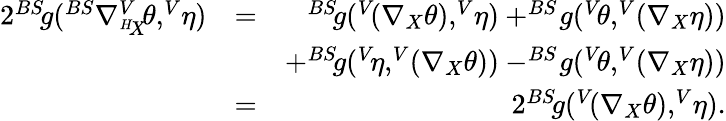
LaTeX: \begin{array}{rlr}{2^{BS}\! g(^{BS}\nabla_{^{H}\! X}^{V}\! \theta,^{V}\! \eta)}&{=}&{^{BS}\! g(^{V}\! (\nabla_{X}\theta),^{V}\! \eta)+^{BS}\! g(^{V}\! \theta,^{V}\! (\nabla_{X}\eta))}\\ &{}&{+^{BS}\! g(^{V}\! \eta,^{V}\! (\nabla_{X}\theta))-^{BS}\! g(^{V}\! \theta,^{V}\! (\nabla_{X}\eta))}\\ &{=}&{2^{BS}\! g(^{V}\! (\nabla_{X}\theta),^{V}\! \eta).}\end{array}